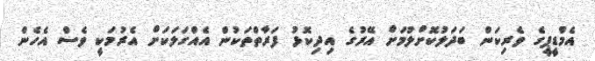
އެމްޑީޕީގެ ވެރިކަން ބަދަލުކޮށްލުމަށް އޭރުގެ އިދިކޮޅު ފަރާތްތަކުން އެއްގަލަކަށް އެރުމަކީ ވެސް އެހެން